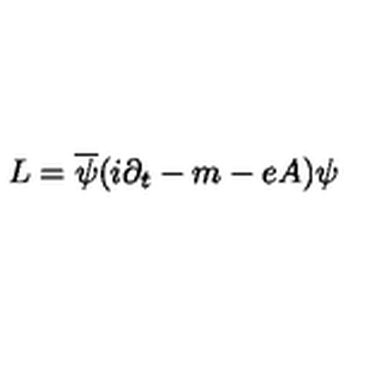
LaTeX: L = \overline { { \psi } } ( i \partial _ { t } - m - e A ) \psi